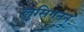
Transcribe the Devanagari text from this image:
लुसिगनन